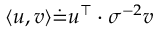
{ \langle u , v \rangle \dot { = } u ^ { \top } \cdot \sigma ^ { - 2 } v }